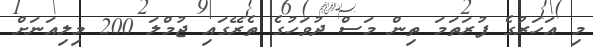
މި އަހަރުގެ ފުރަތަމަ ތިން މަސް ދުވަހުގެ ތެރޭގައި ޖުމްލަ 200 މިލިއަނަށް